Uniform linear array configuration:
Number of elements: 12
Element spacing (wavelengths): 0.75
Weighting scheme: exponential
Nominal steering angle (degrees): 60
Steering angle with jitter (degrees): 59.709
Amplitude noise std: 0.05
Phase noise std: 0.05

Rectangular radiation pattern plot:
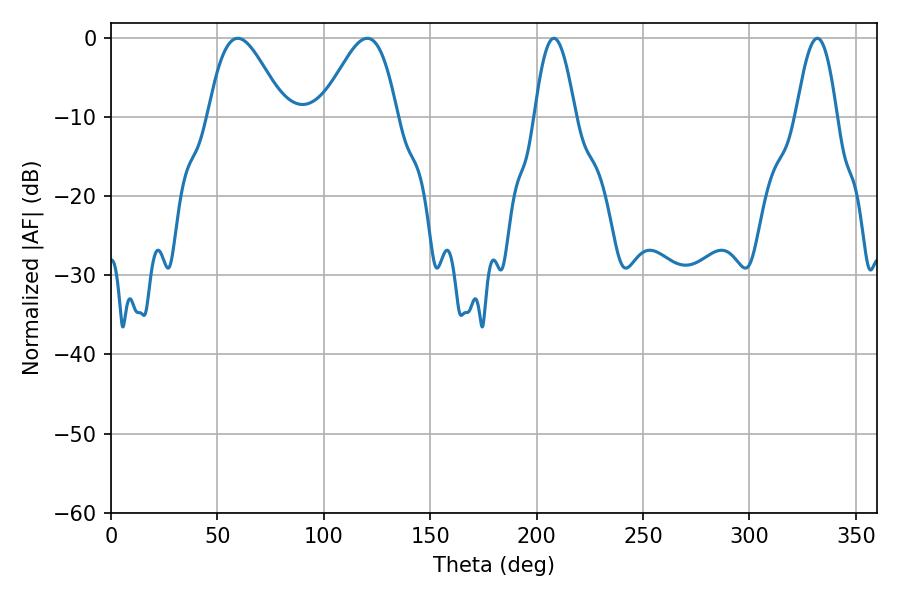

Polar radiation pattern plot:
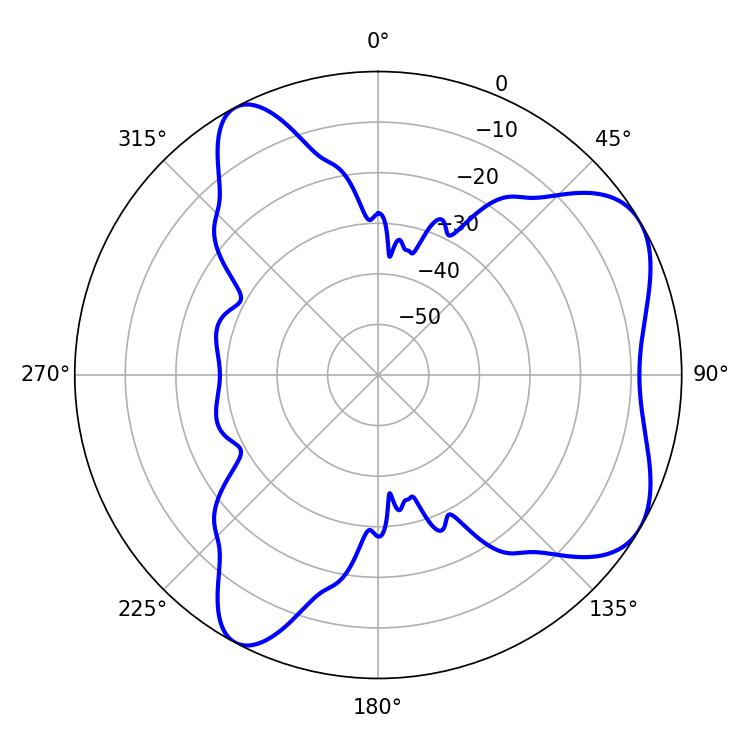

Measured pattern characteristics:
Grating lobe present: TRUE
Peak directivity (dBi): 6.154
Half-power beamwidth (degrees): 18.9
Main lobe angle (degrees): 59.58